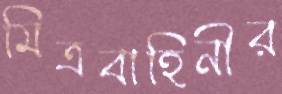
মিত্রবাহিনীর